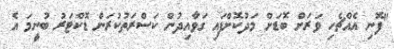
"ފޮނި އެއްޗެހި ވަރަށް ބޮޑަށް މަދުކޮށްފައި ގަވާއިދުން ކަސްރަތުކުރަން ޑޮކްޓަރު ބުނީމަ އެ